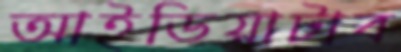
আইডিয়াটাব